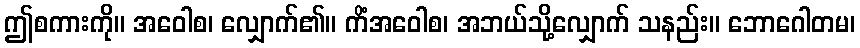
ဤစကားကို။ အဝေါစ၊ လျှောက်၏။ ကိံအဝေါစ၊ အဘယ်သို့လျှောက် သနည်း။ ဘောဂေါတမ၊